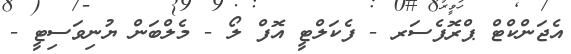
އެޖަންކްޓް ޕްރޮފެސަރ - ފެކަލްޓީ އޮފް ލޯ - މެލްބަން ޔުނިވަސިޓީ -